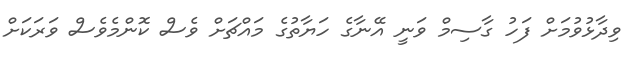
ވިދާޅުވުމަށް ފަހު ގާސިމް ވަނީ އޭނާގެ ހަޔާތުގެ މައްޗަށް ވެސް ކޮންމެވެސް ވަރަކަށް